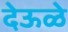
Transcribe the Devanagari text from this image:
देऊळे